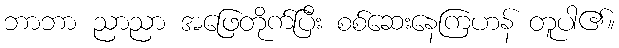
ဘာဘာ ညာညာ အဖြေတိုက်ပြီး စစ်ဆေးနေကြဟန် တူပါ၏။